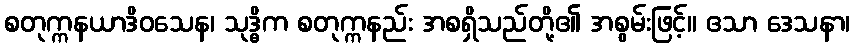
စတုက္ကနယာဒိဝသေန၊ သုဒ္ဓိက စတုက္ကနည်း အစရှိသည်တို့၏ အစွမ်းဖြင့်။ ဧသာ ဒေသနာ၊